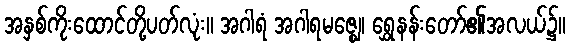
အနှစ်ကိုးထောင်တို့ပတ်လုံး။ အဂါရံ အဂါရမဇ္ဈေ၊ ရွှေနန်းတော်၏အလယ်၌။